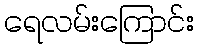
ရေလမ်းကြောင်း